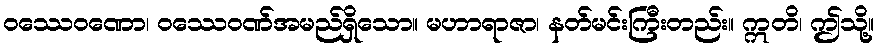
ဝဿေဝဏော၊ ဝဿေဝဏ်အမည်ရှိသော။ မဟာရာဇာ၊ နတ်မင်းကြီးတည်း။ ဣတိ၊ ဤသို့။